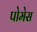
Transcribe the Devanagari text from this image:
पोमेस